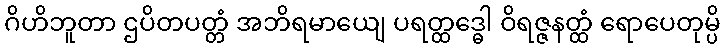
ဂိဟိဘူတာ ဌပိတပတ္တံ အဘိရမာယျေ ပရတ္ထဒ္ဓေါ ဝိရဇ္ဇနတ္ထံ ရောပေတုမ္ပိ